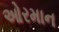
ઓરમાન